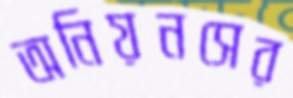
অনিয়নসের